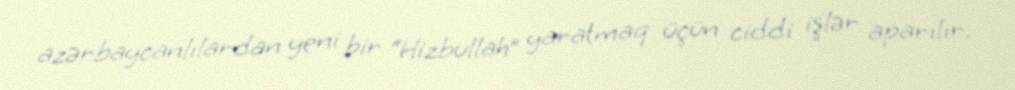
azərbaycanlılardan yeni bir “Hizbullah” yaratmaq üçün ciddi işlər aparılır.